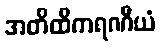
အတိထိကရဏီယံ